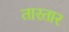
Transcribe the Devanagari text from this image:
तारतार